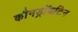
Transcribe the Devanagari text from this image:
कौनड्रॉयटिन